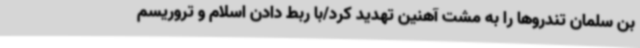
بن سلمان تندروها را به مشت آهنین تهدید کرد/با ربط دادن اسلام و تروریسم